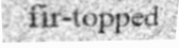
fir-topped